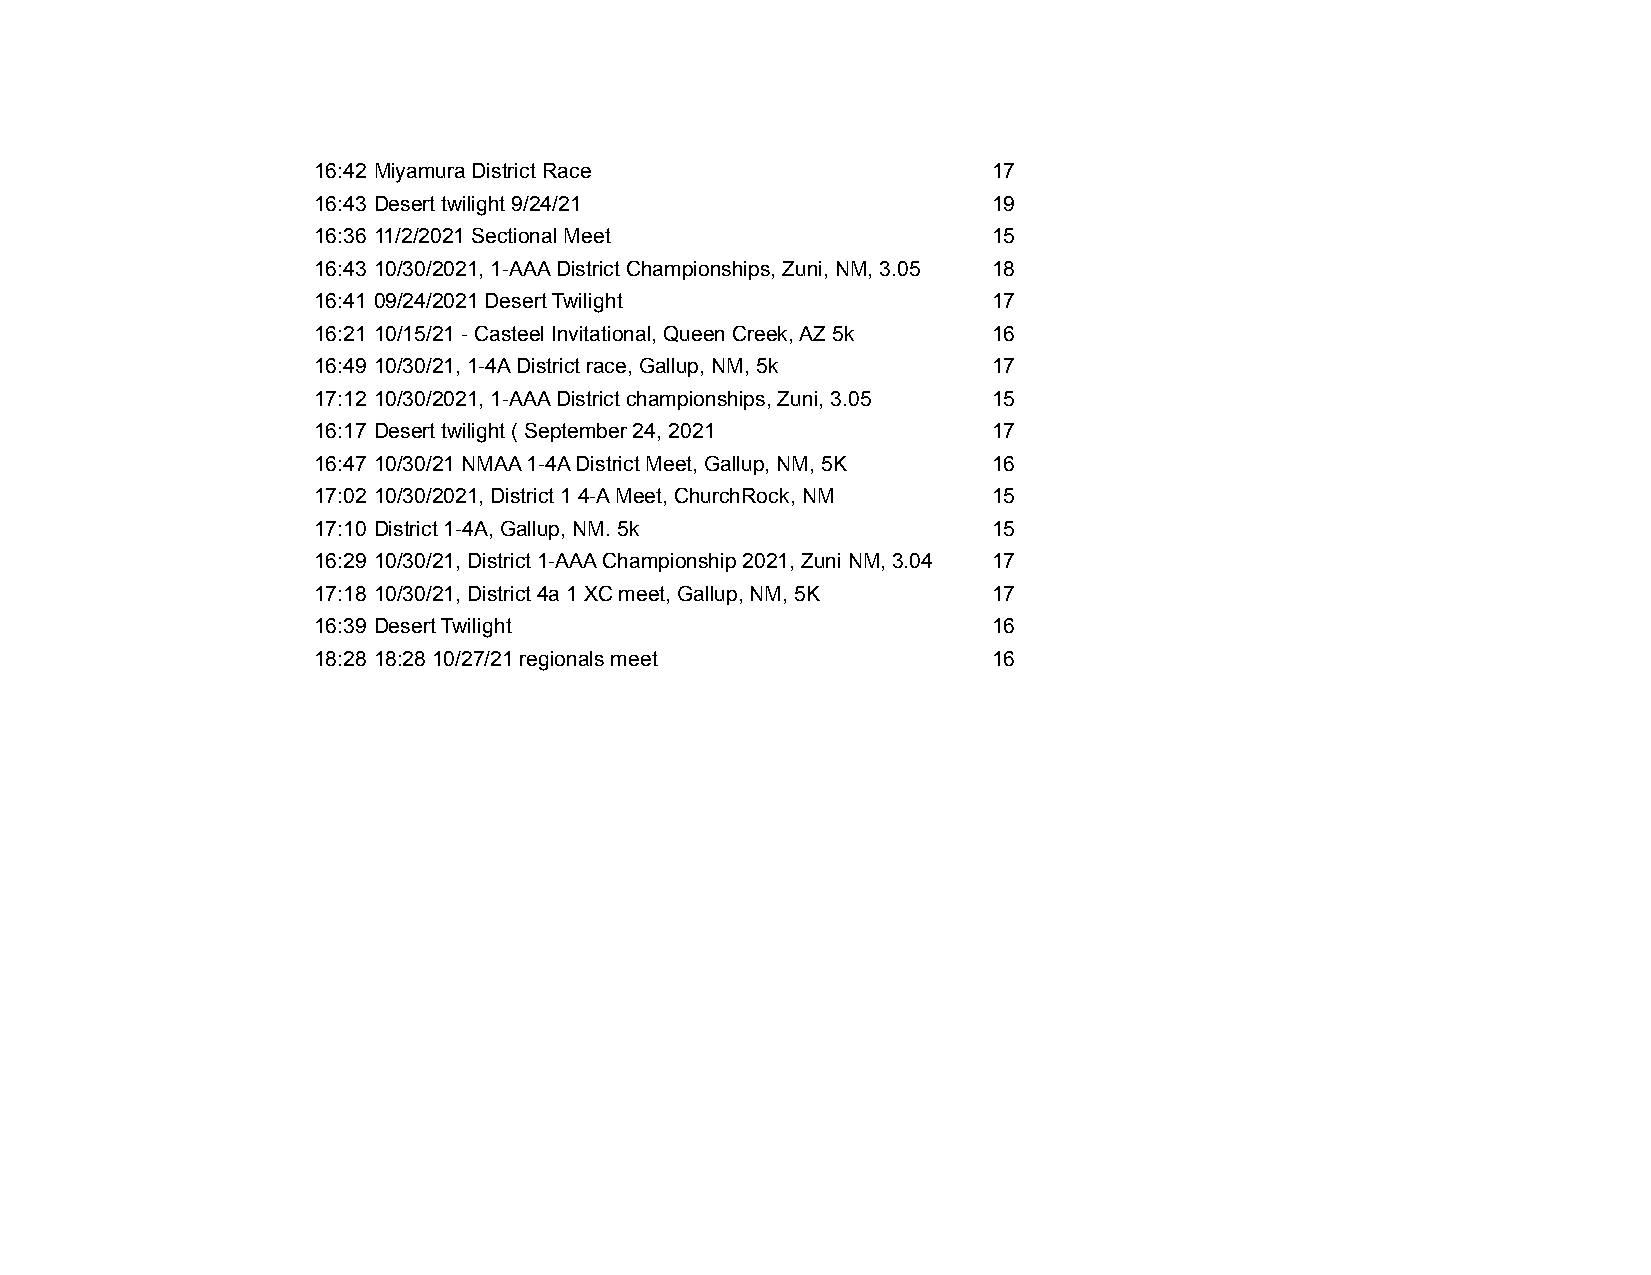
16:42 Miyamura District Race                 17
 16:43 Desert twilight 9/24/21                19
 16:36 11/2/2021 Sectional Meet               15
 16:43 10/30/2021, 1-AAA District Championships, Zuni, NM, 3.05 18
 16:41 09/24/2021 Desert Twilight             17
 16:21 10/15/21 - Casteel Invitational, Queen Creek, AZ 5k 16
 16:49 10/30/21, 1-4A District race, Gallup, NM, 5k 17
 17:12 10/30/2021, 1-AAA District championships, Zuni, 3.05 15
 16:17 Desert twilight ( September 24, 2021   17
 16:47 10/30/21 NMAA 1-4A District Meet, Gallup, NM, 5K 16
 17:02 10/30/2021, District 1 4-A Meet, ChurchRock, NM 15
 17:10 District 1-4A, Gallup, NM. 5k          15
 16:29 10/30/21, District 1-AAA Championship 2021, Zuni NM, 3.04 mile 17
 17:18 10/30/21, District 4a 1 XC meet, Gallup, NM, 5K 17
 16:39 Desert Twilight                        16
 18:28 18:28 10/27/21 regionals meet          16